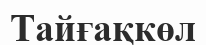
Тайғақкөл